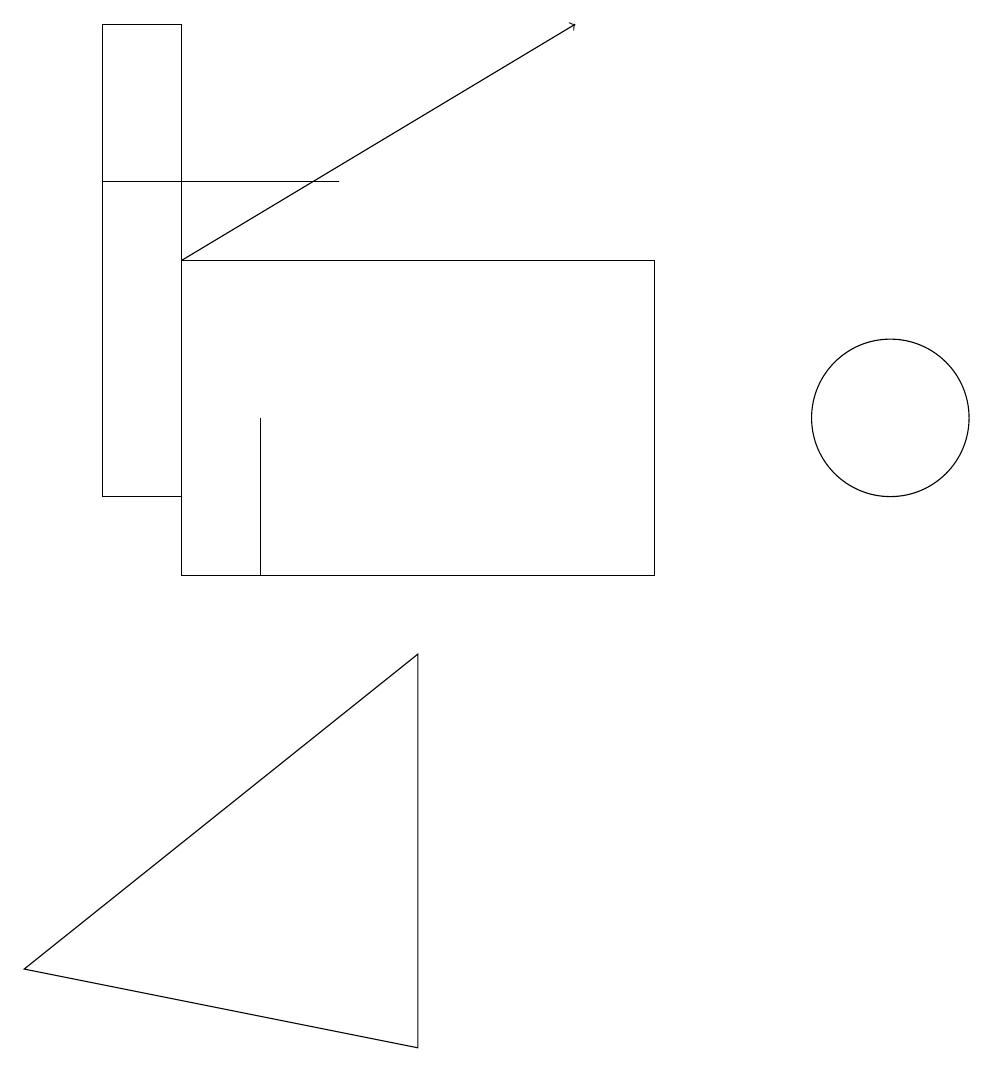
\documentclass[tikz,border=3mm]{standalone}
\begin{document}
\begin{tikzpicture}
\draw (2,15) rectangle (5,15);
\draw (6,9) -- (6,4) -- (1,5) -- cycle;
\draw (3,17) rectangle (2,11);
\draw (9,10) rectangle (7,10);
\draw (9,10) rectangle (3,14);
\draw (12,12) circle (1);
\draw[->] (3,14) -- (8,17);
\draw (4,12) rectangle (4,10);
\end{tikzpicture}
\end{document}